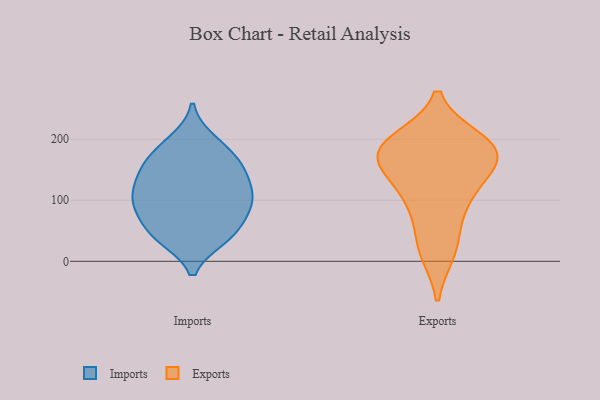
{"axis": {"x": "Bounce Rate (%)", "y": "Value"}, "legend": ["Exports", "Imports"], "data": [{"x": "", "y": 82, "type": "Imports"}, {"x": "", "y": 152, "type": "Imports"}, {"x": "", "y": 146, "type": "Imports"}, {"x": "", "y": 112, "type": "Imports"}, {"x": "", "y": 38, "type": "Imports"}, {"x": "", "y": 166, "type": "Imports"}, {"x": "", "y": 138, "type": "Imports"}, {"x": "", "y": 97, "type": "Imports"}, {"x": "", "y": 40, "type": "Imports"}, {"x": "", "y": 42, "type": "Imports"}, {"x": "", "y": 198, "type": "Imports"}, {"x": "", "y": 95, "type": "Imports"}, {"x": "", "y": 71, "type": "Imports"}, {"x": "", "y": 129, "type": "Imports"}, {"x": "", "y": 109, "type": "Imports"}, {"x": "", "y": 43, "type": "Imports"}, {"x": "", "y": 190, "type": "Imports"}, {"x": "", "y": 171, "type": "Imports"}, {"x": "", "y": 91, "type": "Imports"}, {"x": "", "y": 17, "type": "Exports"}, {"x": "", "y": 91, "type": "Exports"}, {"x": "", "y": 129, "type": "Exports"}, {"x": "", "y": 100, "type": "Exports"}, {"x": "", "y": 197, "type": "Exports"}, {"x": "", "y": 184, "type": "Exports"}, {"x": "", "y": 154, "type": "Exports"}, {"x": "", "y": 181, "type": "Exports"}, {"x": "", "y": 176, "type": "Exports"}, {"x": "", "y": 189, "type": "Exports"}, {"x": "", "y": 27, "type": "Exports"}, {"x": "", "y": 173, "type": "Exports"}]}